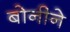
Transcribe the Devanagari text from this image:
बोनीने